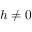
h \neq 0